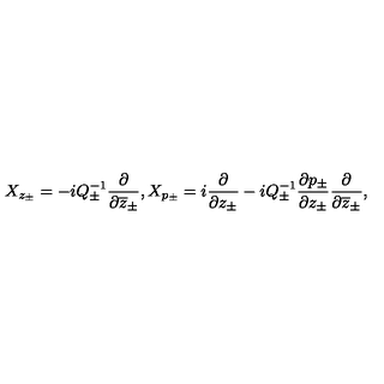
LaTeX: X _ { z _ { \pm } } = - i Q _ { \pm } ^ { - 1 } \displaystyle \displaystyle \frac { \partial } { \partial \overline { { z } } _ { \pm } } , X _ { p _ { \pm } } = i \displaystyle \displaystyle \frac { \partial } { \partial z _ { \pm } } - i Q _ { \pm } ^ { - 1 } \displaystyle \frac { \partial p _ { \pm } } { \partial z _ { \pm } } \displaystyle \displaystyle \frac { \partial } { \partial \overline { { z } } _ { \pm } } ,